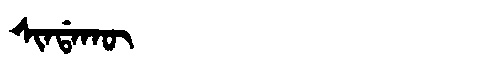
Manchu: ᠰᡳᠨᡩᠠᡴᡡ
Romanization: SINDAKŪ